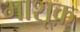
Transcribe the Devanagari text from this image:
माशूक़